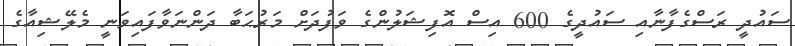
ސައުދީ ރަސްގެފާނާއި ސައުދީގެ 600 އިސް އޮފިޝަލުންގެ ވަފުދަށް މަރުޙަބާ ދަންނަވާފައިވަނީ މެލޭޝިއާގެ